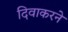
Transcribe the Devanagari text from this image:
दिवाकरने